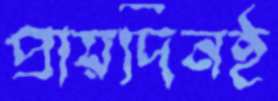
প্রায়দিনই